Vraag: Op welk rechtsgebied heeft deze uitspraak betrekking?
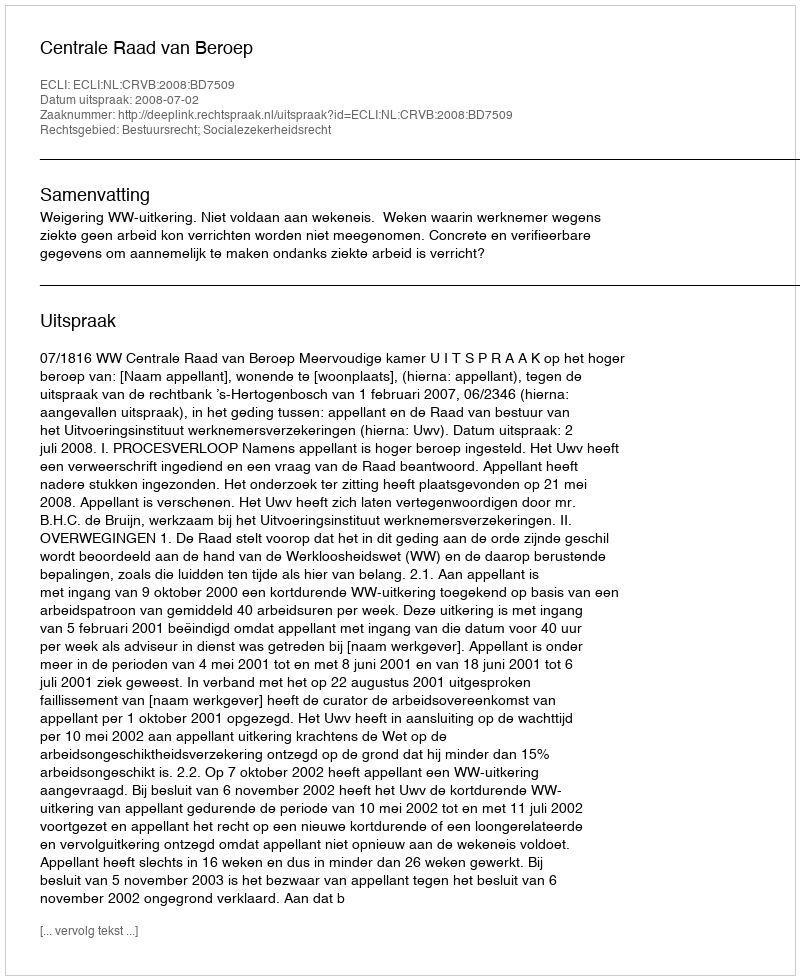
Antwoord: Bestuursrecht; Socialezekerheidsrecht